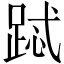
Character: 𲃧